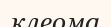
клеома